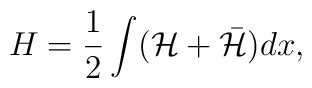
H=\frac{1}{2}\int({\cal H}+\bar{\cal H})dx,